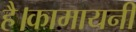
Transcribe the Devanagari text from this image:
है।कामायनी